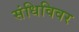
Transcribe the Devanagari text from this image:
संधिविवर